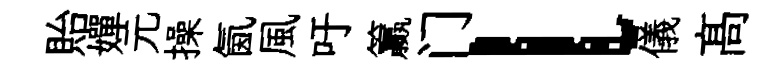
貽嬋元操氤風吁籯门l儀髙